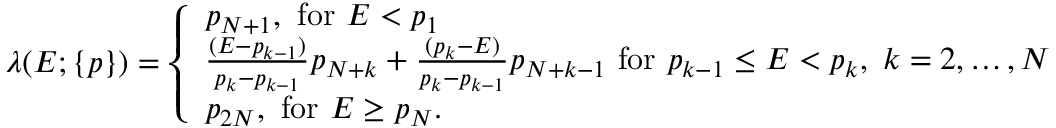
\begin{array} { r } { \lambda ( E ; \{ p \} ) = \left\{ \begin{array} { l l } { p _ { N + 1 } , \mathrm { ~ f o r ~ } E < p _ { 1 } } \\ { \frac { ( E - p _ { k - 1 } ) } { p _ { k } - p _ { k - 1 } } p _ { N + k } + \frac { ( p _ { k } - E ) } { p _ { k } - p _ { k - 1 } } p _ { N + k - 1 } \mathrm { ~ f o r ~ } p _ { k - 1 } \le E < p _ { k } , \ k = 2 , \ldots , N } \\ { p _ { 2 N } , \mathrm { ~ f o r ~ } E \ge p _ { N } . } \end{array} \right. } \end{array}